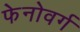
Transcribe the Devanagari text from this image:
फेनोवर्ग